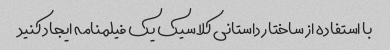
با استفاده از ساختار داستانی کلاسیک یک فیلمنامه ایجاد کنید